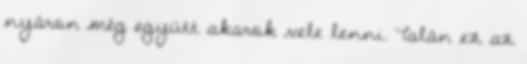
nyáron még együtt akarok vele lenni. Talán ez az